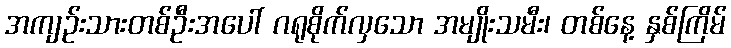
အကျဉ်းသားတစ်ဦးအပေါ် ဂရုစိုက်လှသော အမျိုးသမီး၊ တစ်နေ့ နှစ်ကြိမ်